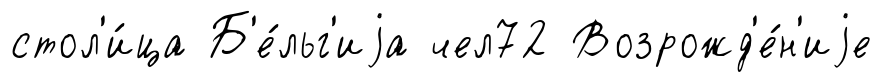
стол'и́ца Б'е́льг'иjа чел72 Возрожд'е́н'иjе